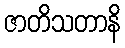
ဇာတိသတာနိ